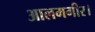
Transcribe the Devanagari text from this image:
आलमगीर।